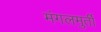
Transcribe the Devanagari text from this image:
मंगलमुर्ती